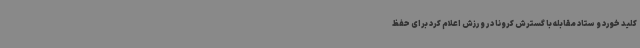
کلید خورد و ستاد مقابله با گسترش کرونا در ورزش اعلام کرد برای حفظ